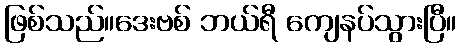
ဖြစ်သည်။ဒေးဗစ် ဘယ်ရီ ကျေနပ်သွားပြီ။